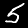
Label: 5